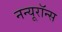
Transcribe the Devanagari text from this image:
नन्यूरॉन्स